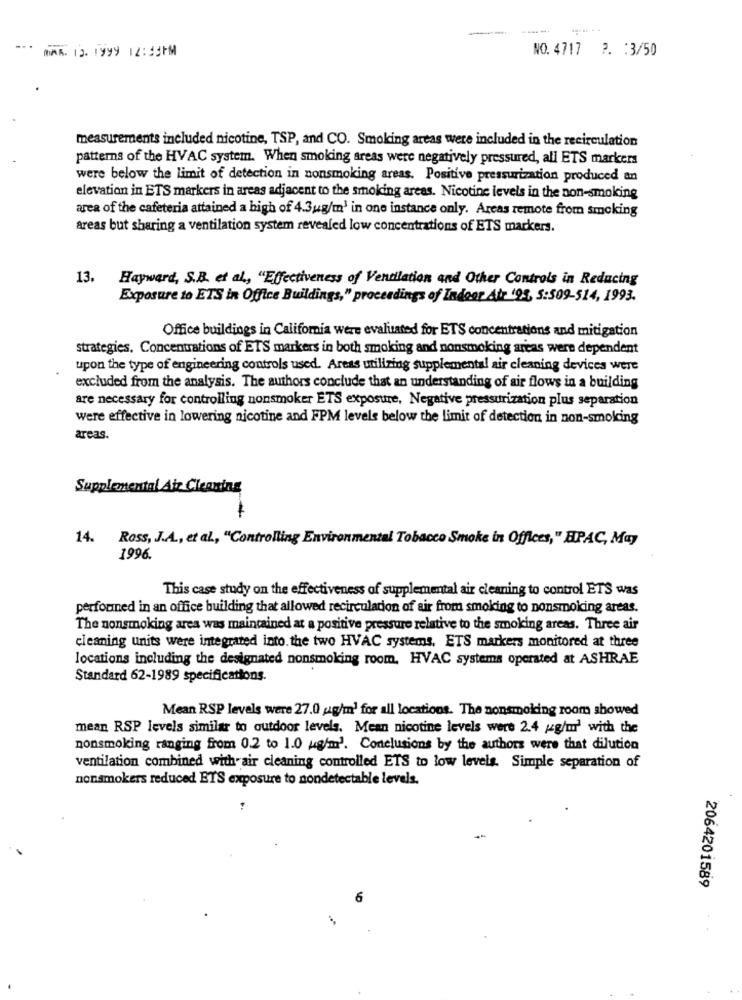
--
...
MAR. 12. 1999 12:55PM
NO. 4717 ?. : 3/50
measurements included nicotine, TSP, and CO. Smoking areas were included in the recirculation
patterns of the HVAC system. When smoking areas were negatively pressured, all ETS markers
were below the limit of detection in nonsmoking areas. Positive pressurization produced an
elevation in ETS markers in areas adjacent to the smoking areas. Nicotine levels in the non-smoking
area of the cafeteria attained a high of 4.3ug/m' in one instance only. Areas remote from smoking
areas but sharing a ventilation system revealed low concentrations of ETS markers.
13.
Hayward, S.B. et al ., "Effectiveness of Ventilation and Other Controls in Reducing
Exposure to ETS in Office Buildings," proceedings of Indoor Air '95, S:509-514, 1993.
Office buildings in California were evaluated for ETS concentrations and mitigation
strategies. Concentrations of ETS markers in both smoking and nonsmoking areas were dependent
upon the type of engineering controls used. Areas utilizing supplemental air cleaning devices were
excluded from the analysis. The authors conclude that an understanding of sir flows in a building
are necessary for controlling nonsmoker ETS exposure, Negative pressurization plus separation
were effective in lowering nicotine and FPM levels below the limit of detection in non-smoking
areas.
Supplemental Air Cleaning
14.
Ross, J.A ., et al ., "Controlling Environmental Tobacco Smoke in Offices," HPAC, May
1996.
This case study on the effectiveness of supplemental air cleaning to control ETS was
perforned in an office building that allowed recirculation of air from smoking to nonsmoking areas.
The nonsmoking area was maintained at a positive pressure relative to the smoking areas. Three air
cleaning units were integrated into. the two HVAC systems, ETS markers monitored at three
locations including the designated nonsmoking room. HVAC systems operated at ASHRAE
Standard 62-1989 specifications.
Mean RSP levels were 27.0 g/m' for all locations. The nonsmoking room showed
mean RSP levels similar to outdoor levels. Mean nicotine levels were 2.4 g2g/m' with the
nonsmoking ranging from 0.2 to 1.0 kg/m3. Conclusions by the authors were that dilution
ventilation combined with air cleaning controlled ETS to low levels. Simple separation of
nonsmokers reduced ETS exposure to nondetectable levels.
2064201589